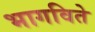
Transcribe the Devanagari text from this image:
भागविते